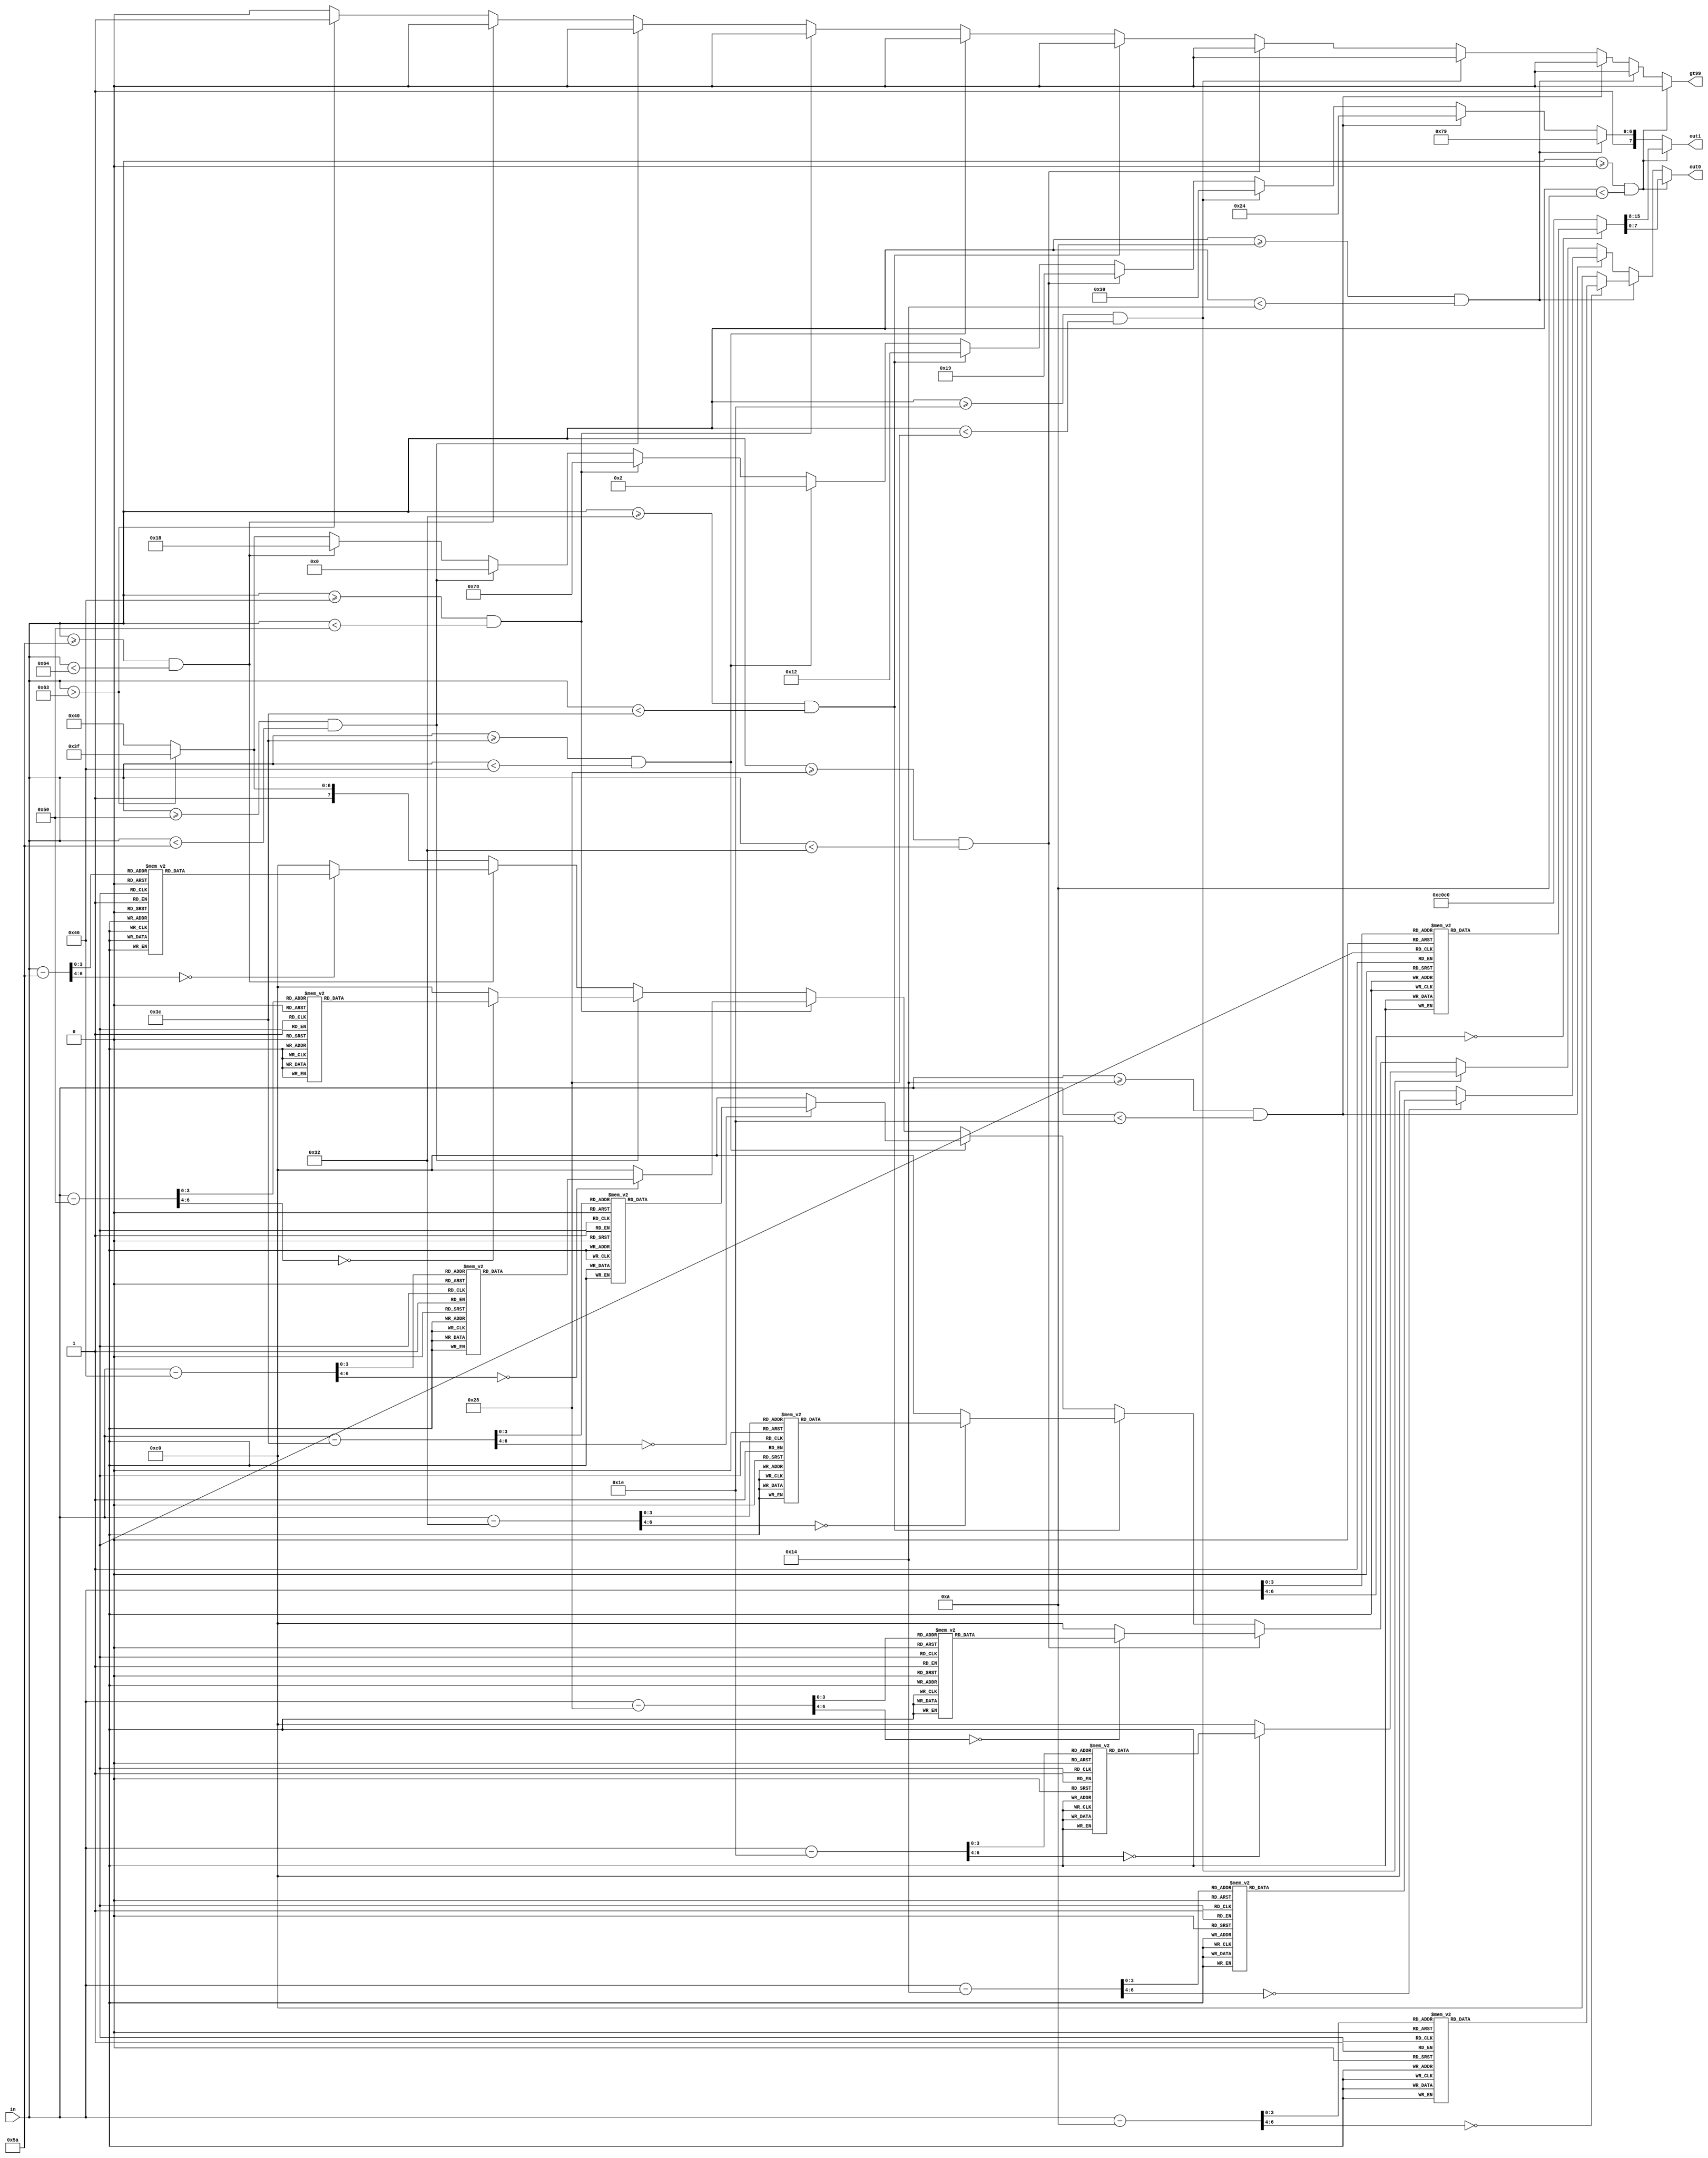

module bcd2driver(
   input [6:0] in,
   output reg [7:0] out0,
	output reg [7:0] out1,
	output reg gt99
   );
   
   reg [6:0] ones;
   //reg ones;
   parameter ZERO =  8'b1100_0000;
   parameter ONE =   8'b1111_1001;
   parameter TWO =   8'b1010_0100;
   parameter THREE =  8'b1011_0000;
   parameter FOUR =   8'b1001_1001;
   parameter FIVE =   8'b1001_0010;

   parameter SIX =   8'b1000_0010;
   parameter SEVEN =   8'b1111_1000;
   parameter EIGHT =   8'b1000_0000;
   parameter NINE =   8'b1001_1000;
  
   parameter DASH = 8'b1011_1111;

   wire fifties = 7'd50;	
   wire twenties = 7'd20;   


   // etc.

   // etc.
	always @(*)begin 
       out0 = ZERO;
       out1 = ZERO;
       gt99 = 1'b0;
         if (in >= 7'd0 && in < 7'd10) begin
         case (in)
            7'd0: begin
               out0 = ZERO; // <- At compilation, "ZERO" is replaced with 8'b1100_0000
               out1 = ZERO;
            end
            // etc
            7'd1: begin
               out0 = ONE;
               out1 = ZERO;
            end
            7'd2: begin
               out0 = TWO;
               out1 = ZERO;
            end
            7'd3: begin
               out0 = THREE;
               out1 = ZERO;
            end
            7'd4: begin
               out0 = FOUR;
               out1 = ZERO;
            end
            7'd5: begin
               out0 = FIVE;
               out1 = ZERO;
            end
            7'd6: begin
               out0 = SIX;
               out1 = ZERO;
            end
            7'd7: begin
               out0 = SEVEN;
               out1 = ZERO;
            end
            7'd8: begin
               out0 = EIGHT;
               out1 = ZERO;
            end
            7'd9: begin
               out0 = NINE;
               out1 = ZERO;
            end
         endcase // in[0]
         end 
		else if (in >= 7'd10 && in < 7'd020) begin
			out1 = ONE;
         ones = in - 7'd10;
         case (ones)

            7'd0: begin
               out0 = ZERO; // <- At compilation, "ZERO" is replaced with 8'b1100_0000
            end
            // etc
            7'd1: begin
               out0 = ONE;
            end
            7'd2: begin
               out0 = TWO;
            end
            7'd3: begin
               out0 = THREE;
            end
            7'd4: begin
               out0 = FOUR;
            end
            7'd5: begin
               out0 = FIVE;
            end
            7'd6: begin
               out0 = SIX;
            end
            7'd7: begin
               out0 = SEVEN;
            end
            7'd8: begin
               out0 = EIGHT;
            end
            7'd9: begin
               out0 = NINE;
            end
         endcase // in[0]
		end
		else if (in >= 7'd20 && in < 7'd030) begin
			out1 = TWO;
         ones = in - 5'd20;
        case (ones)

            7'd00: begin
               out0 = ZERO; 
            end
            // etc
            7'd01: begin
               out0 = SIX;
            end
            7'd02: begin
               out0 = TWO;
            end
            7'd03: begin
               out0 = THREE;
            end
            7'd04: begin
               out0 = FOUR;
            end
            7'd05: begin
               out0 = FIVE;
            end
            7'd06: begin
               out0 = SIX;
            end
            7'd07: begin
               out0 = SEVEN;
            end
            7'd8: begin
               out0 = EIGHT;
            end
            7'd9: begin
               out0 = NINE;
            end
         endcase // in[0]
		end
		else if (in >= 7'd30 && in < 7'd040) begin
			out1 = THREE;
         ones = in - 7'd30;
         case (ones)
            7'd0: begin
               out0 = ZERO; // <- At compilation, "ZERO" is replaced with 8'b1100_0000
            end
            // etc
            7'd1: begin
               out0 = ONE;
            end
            7'd2: begin
               out0 = TWO;
            end
            7'd3: begin
               out0 = THREE;
            end
            7'd4: begin
               out0 = FOUR;
            end
            7'd5: begin
               out0 = FIVE;
            end
            7'd6: begin
               out0 = SIX;
            end
            7'd7: begin
               out0 = SEVEN;
            end
            7'd8: begin
               out0 = EIGHT;
            end
            7'd9: begin
               out0 = NINE;
            end
         endcase // in[0]
		end
		else if (in >= 7'd40 && in < 7'd050) begin
			out1 = FOUR;
         ones = in - 7'd40;
         case (ones)

            7'd0: begin
               out0 = ZERO; // <- At compilation, "ZERO" is replaced with 8'b1100_0000
            end
            // etc
            7'd1: begin
               out0 = ONE;
            end
            7'd2: begin
               out0 = TWO;
            end
            7'd3: begin
               out0 = THREE;
            end
            7'd4: begin
               out0 = FOUR;
            end
            7'd5: begin
               out0 = FIVE;
            end
            7'd6: begin
               out0 = SIX;
            end
            7'd7: begin
               out0 = SEVEN;
            end
            7'd8: begin
               out0 = EIGHT;
            end
            7'd9: begin
               out0 = NINE;
            end
         endcase // in[0]
		end
		else if (in >= 7'd050 && in < 7'd060) begin
			out1 = FIVE;
         ones = in - 7'd50;
         case (ones)

            7'd0: begin
               out0 = ZERO; // <- At compilation, "ZERO" is replaced with 8'b1100_0000
            end
            // etc
            7'd1: begin
               out0 = ONE;
            end
            7'd2: begin
               out0 = TWO;
            end
            7'd3: begin
               out0 = THREE;
            end
            7'd4: begin
               out0 = FOUR;
            end
            7'd5: begin
               out0 = FIVE;
            end
            7'd6: begin
               out0 = SIX;
            end
            7'd7: begin
               out0 = SEVEN;
            end
            7'd8: begin
               out0 = EIGHT;
            end
            7'd9: begin
               out0 = NINE;
            end
         endcase // in[0]
		end
		else if (in >= 7'd060 && in < 7'd070) begin
			out1 = SIX;
         ones = in - 7'd60;
         case (ones)

            7'd0: begin
               out0 = ZERO; // <- At compilation, "ZERO" is replaced with 8'b1100_0000
            end
            // etc
            7'd1: begin
               out0 = ONE;
            end
            7'd2: begin
               out0 = TWO;
            end
            7'd3: begin
               out0 = THREE;
            end
            7'd4: begin
               out0 = FOUR;
            end
            7'd5: begin
               out0 = FIVE;
            end
            7'd6: begin
               out0 = SIX;
            end
            7'd7: begin
               out0 = SEVEN;
            end
            7'd8: begin
               out0 = EIGHT;
            end
            7'd9: begin
               out0 = NINE;
            end
         endcase // in[0]
		end
		else if (in >= 7'd70 && in < 7'd080) begin
			out1 = SEVEN;
         ones = in - 7'd70;
         case (ones)

            7'd0: begin
               out0 = ZERO; // <- At compilation, "ZERO" is replaced with 8'b1100_0000
            end
            // etc
            7'd1: begin
               out0 = ONE;
            end
            7'd2: begin
               out0 = TWO;
            end
            7'd3: begin
               out0 = THREE;
            end
            7'd4: begin
               out0 = FOUR;
            end
            7'd5: begin
               out0 = FIVE;
            end
            7'd6: begin
               out0 = SIX;
            end
            7'd7: begin
               out0 = SEVEN;
            end
            7'd8: begin
               out0 = EIGHT;
            end
            7'd9: begin
               out0 = NINE;
            end
         endcase // in[0]
		end
		else if (in >= 7'd80 && in < 7'd090) begin
			out1 = EIGHT;
         ones = in - 7'd80;
         case (ones)

            7'd0: begin
               out0 = ZERO; // <- At compilation, "ZERO" is replaced with 8'b1100_0000
            end
            // etc
            7'd1: begin
               out0 = ONE;
            end
            7'd2: begin
               out0 = TWO;
            end
            7'd3: begin
               out0 = THREE;
            end
            7'd4: begin
               out0 = FOUR;
            end
            7'd5: begin
               out0 = FIVE;
            end
            7'd6: begin
               out0 = SIX;
            end
            7'd7: begin
               out0 = SEVEN;
            end
            7'd8: begin
               out0 = EIGHT;
            end
            7'd9: begin
               out0 = NINE;
            end
         endcase // in[0]
		end
		else if (in >= 7'd90 && in < 7'd100) begin
			out1 = NINE;
         ones = in - 7'd90;
         case (ones)

            7'd0: begin
               out0 = ZERO; // <- At compilation, "ZERO" is replaced with 8'b1100_0000
            end
            // etc
            7'd1: begin
               out0 = ONE;
            end
            7'd2: begin
               out0 = TWO;
            end
            7'd3: begin
               out0 = THREE;
            end
            7'd4: begin
               out0 = FOUR;
            end
            7'd5: begin
               out0 = FIVE;
            end
            7'd6: begin
               out0 = SIX;
            end
            7'd7: begin
               out0 = SEVEN;
            end
            7'd8: begin
               out0 = EIGHT;
            end
            7'd9: begin
               out0 = NINE;
            end
         endcase // in[0]
		end
		else if (in > 7'd099) begin
			out1 = DASH;
			out0 = DASH;
			gt99 = 1'b1;
		end
	end
endmodule